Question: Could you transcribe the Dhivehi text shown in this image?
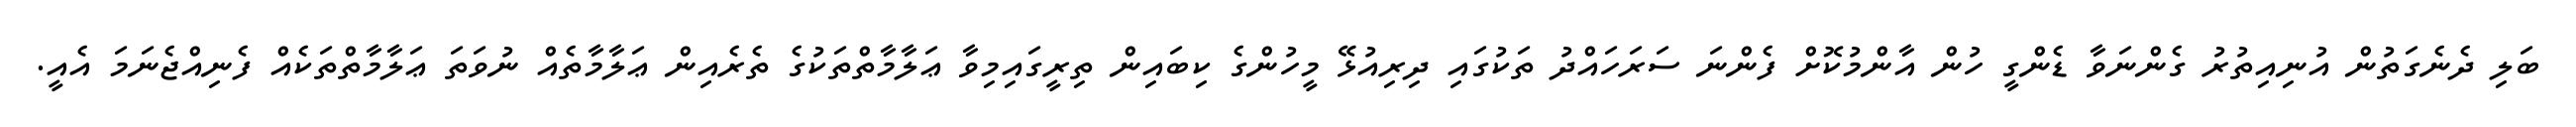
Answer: ބަލި ދެނެގަތުން އުނިއިތުރު ގެންނަވާ ޑެންގީ ހުން އާންމުކޮށް ފެންނަ ސަރަހައްދު ތަކުގައި ދިރިއުޅޭ މީހުންގެ ކިބައިން ތިރީގައިމިވާ ޢަލާމާތްތަކުގެ ތެރެއިން ޢަލާމާތެއް ނުވަތަ ޢަލާމާތްތަކެއް ފެނިއްޖެނަމަ އެއީ.